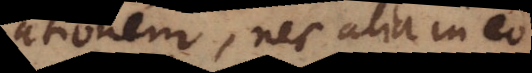
ationem, nec alia in eo